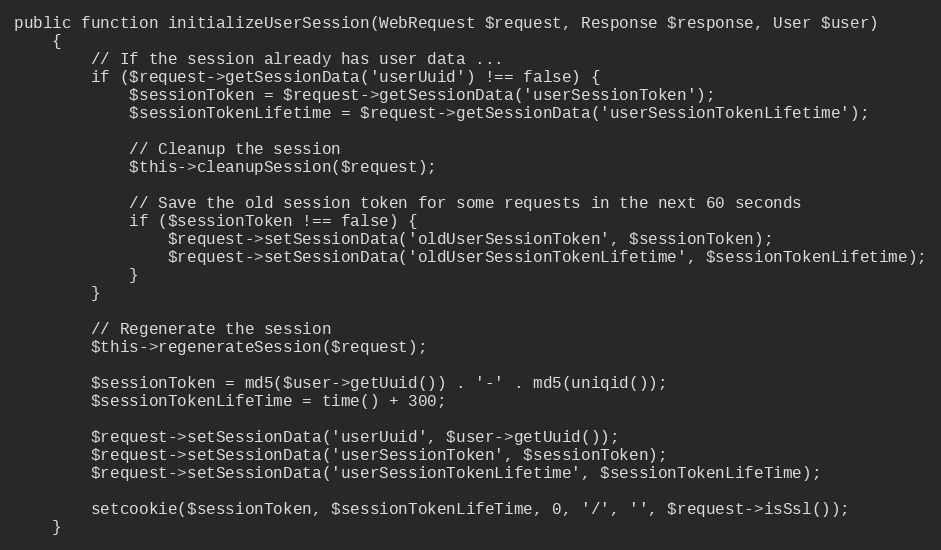
Language: PHP
public function initializeUserSession(WebRequest $request, Response $response, User $user)
    {
        // If the session already has user data ...
        if ($request->getSessionData('userUuid') !== false) {
            $sessionToken = $request->getSessionData('userSessionToken');
            $sessionTokenLifetime = $request->getSessionData('userSessionTokenLifetime');

            // Cleanup the session
            $this->cleanupSession($request);

            // Save the old session token for some requests in the next 60 seconds
            if ($sessionToken !== false) {
                $request->setSessionData('oldUserSessionToken', $sessionToken);
                $request->setSessionData('oldUserSessionTokenLifetime', $sessionTokenLifetime);
            }
        }

        // Regenerate the session
        $this->regenerateSession($request);

        $sessionToken = md5($user->getUuid()) . '-' . md5(uniqid());
        $sessionTokenLifeTime = time() + 300;

        $request->setSessionData('userUuid', $user->getUuid());
        $request->setSessionData('userSessionToken', $sessionToken);
        $request->setSessionData('userSessionTokenLifetime', $sessionTokenLifeTime);

        setcookie($sessionToken, $sessionTokenLifeTime, 0, '/', '', $request->isSsl());
    }